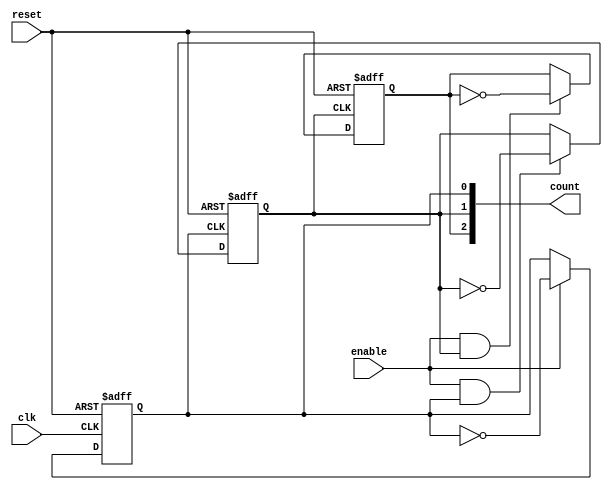
module async_ripple_counter (
    input wire clk,          // Clock input, which is actually the trigger signal for FF0
    input wire reset,        // Asynchronous reset signal
    input wire enable,       // Enable signal to allow counting
    output reg [2:0] count   // 3-bit output count
);

    // Flip-Flop 0 - Least Significant Bit (LSB)
    always @(posedge clk or posedge reset) begin
        if (reset) begin
            count[0] <= 1'b0;
        end else if (enable) begin
            count[0] <= ~count[0]; // Toggle FF0
        end
    end

    // Flip-Flop 1
    always @(posedge count[0] or posedge reset) begin
        if (reset) begin
            count[1] <= 1'b0;
        end else if (enable && count[0]) begin
            count[1] <= ~count[1]; // Toggle FF1 on the rising edge of FF0
        end
    end

    // Flip-Flop 2 - Most Significant Bit (MSB)
    always @(posedge count[1] or posedge reset) begin
        if (reset) begin
            count[2] <= 1'b0;
        end else if (enable && count[1]) begin
            count[2] <= ~count[2]; // Toggle FF2 on the rising edge of FF1
        end
    end

endmodule